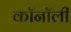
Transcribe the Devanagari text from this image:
कॉनॉली